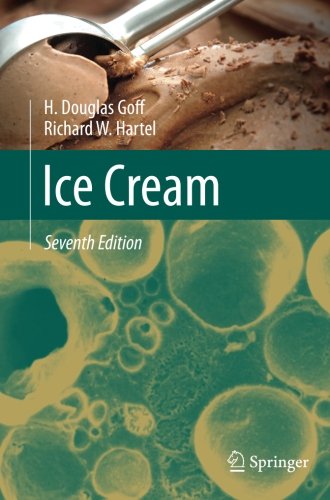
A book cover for Ice Cream; H Douglas Goff; Cookbooks, Food & Wine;